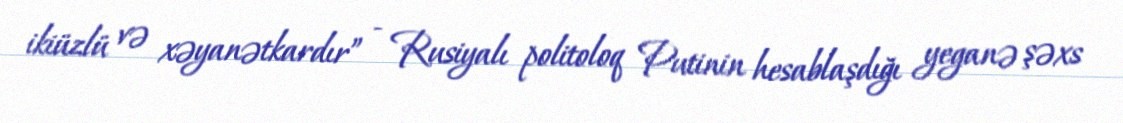
ikiüzlü və xəyanətkardır” - Rusiyalı politoloq Putinin hesablaşdığı yeganə şəxs